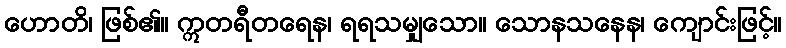
ဟောတိ၊ ဖြစ်၏။ ဣတရီတရေန၊ ရရသမျှသော။ သောနသနေန၊ ကျောင်းဖြင့်။